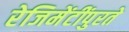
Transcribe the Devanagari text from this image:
रेजिमेंटींपुरते